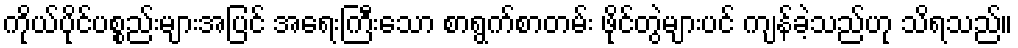
ကိုယ်ပိုင်ပစ္စည်းများအပြင် အရေးကြီးသော စာရွက်စာတမ်း ဖိုင်တွဲများပင် ကျန်ခဲ့သည်ဟု သိရသည်။